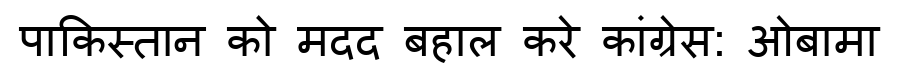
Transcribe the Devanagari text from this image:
पाकिस्तान को मदद बहाल करे कांग्रेस: ओबामा